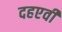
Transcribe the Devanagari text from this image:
दहएवी